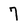
Character: 7